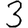
Digit: 3